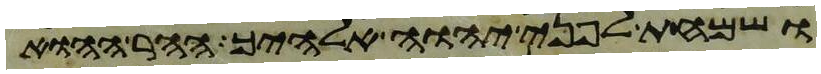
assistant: ושמחת לפני יהוה אלהיך ההר ההוא